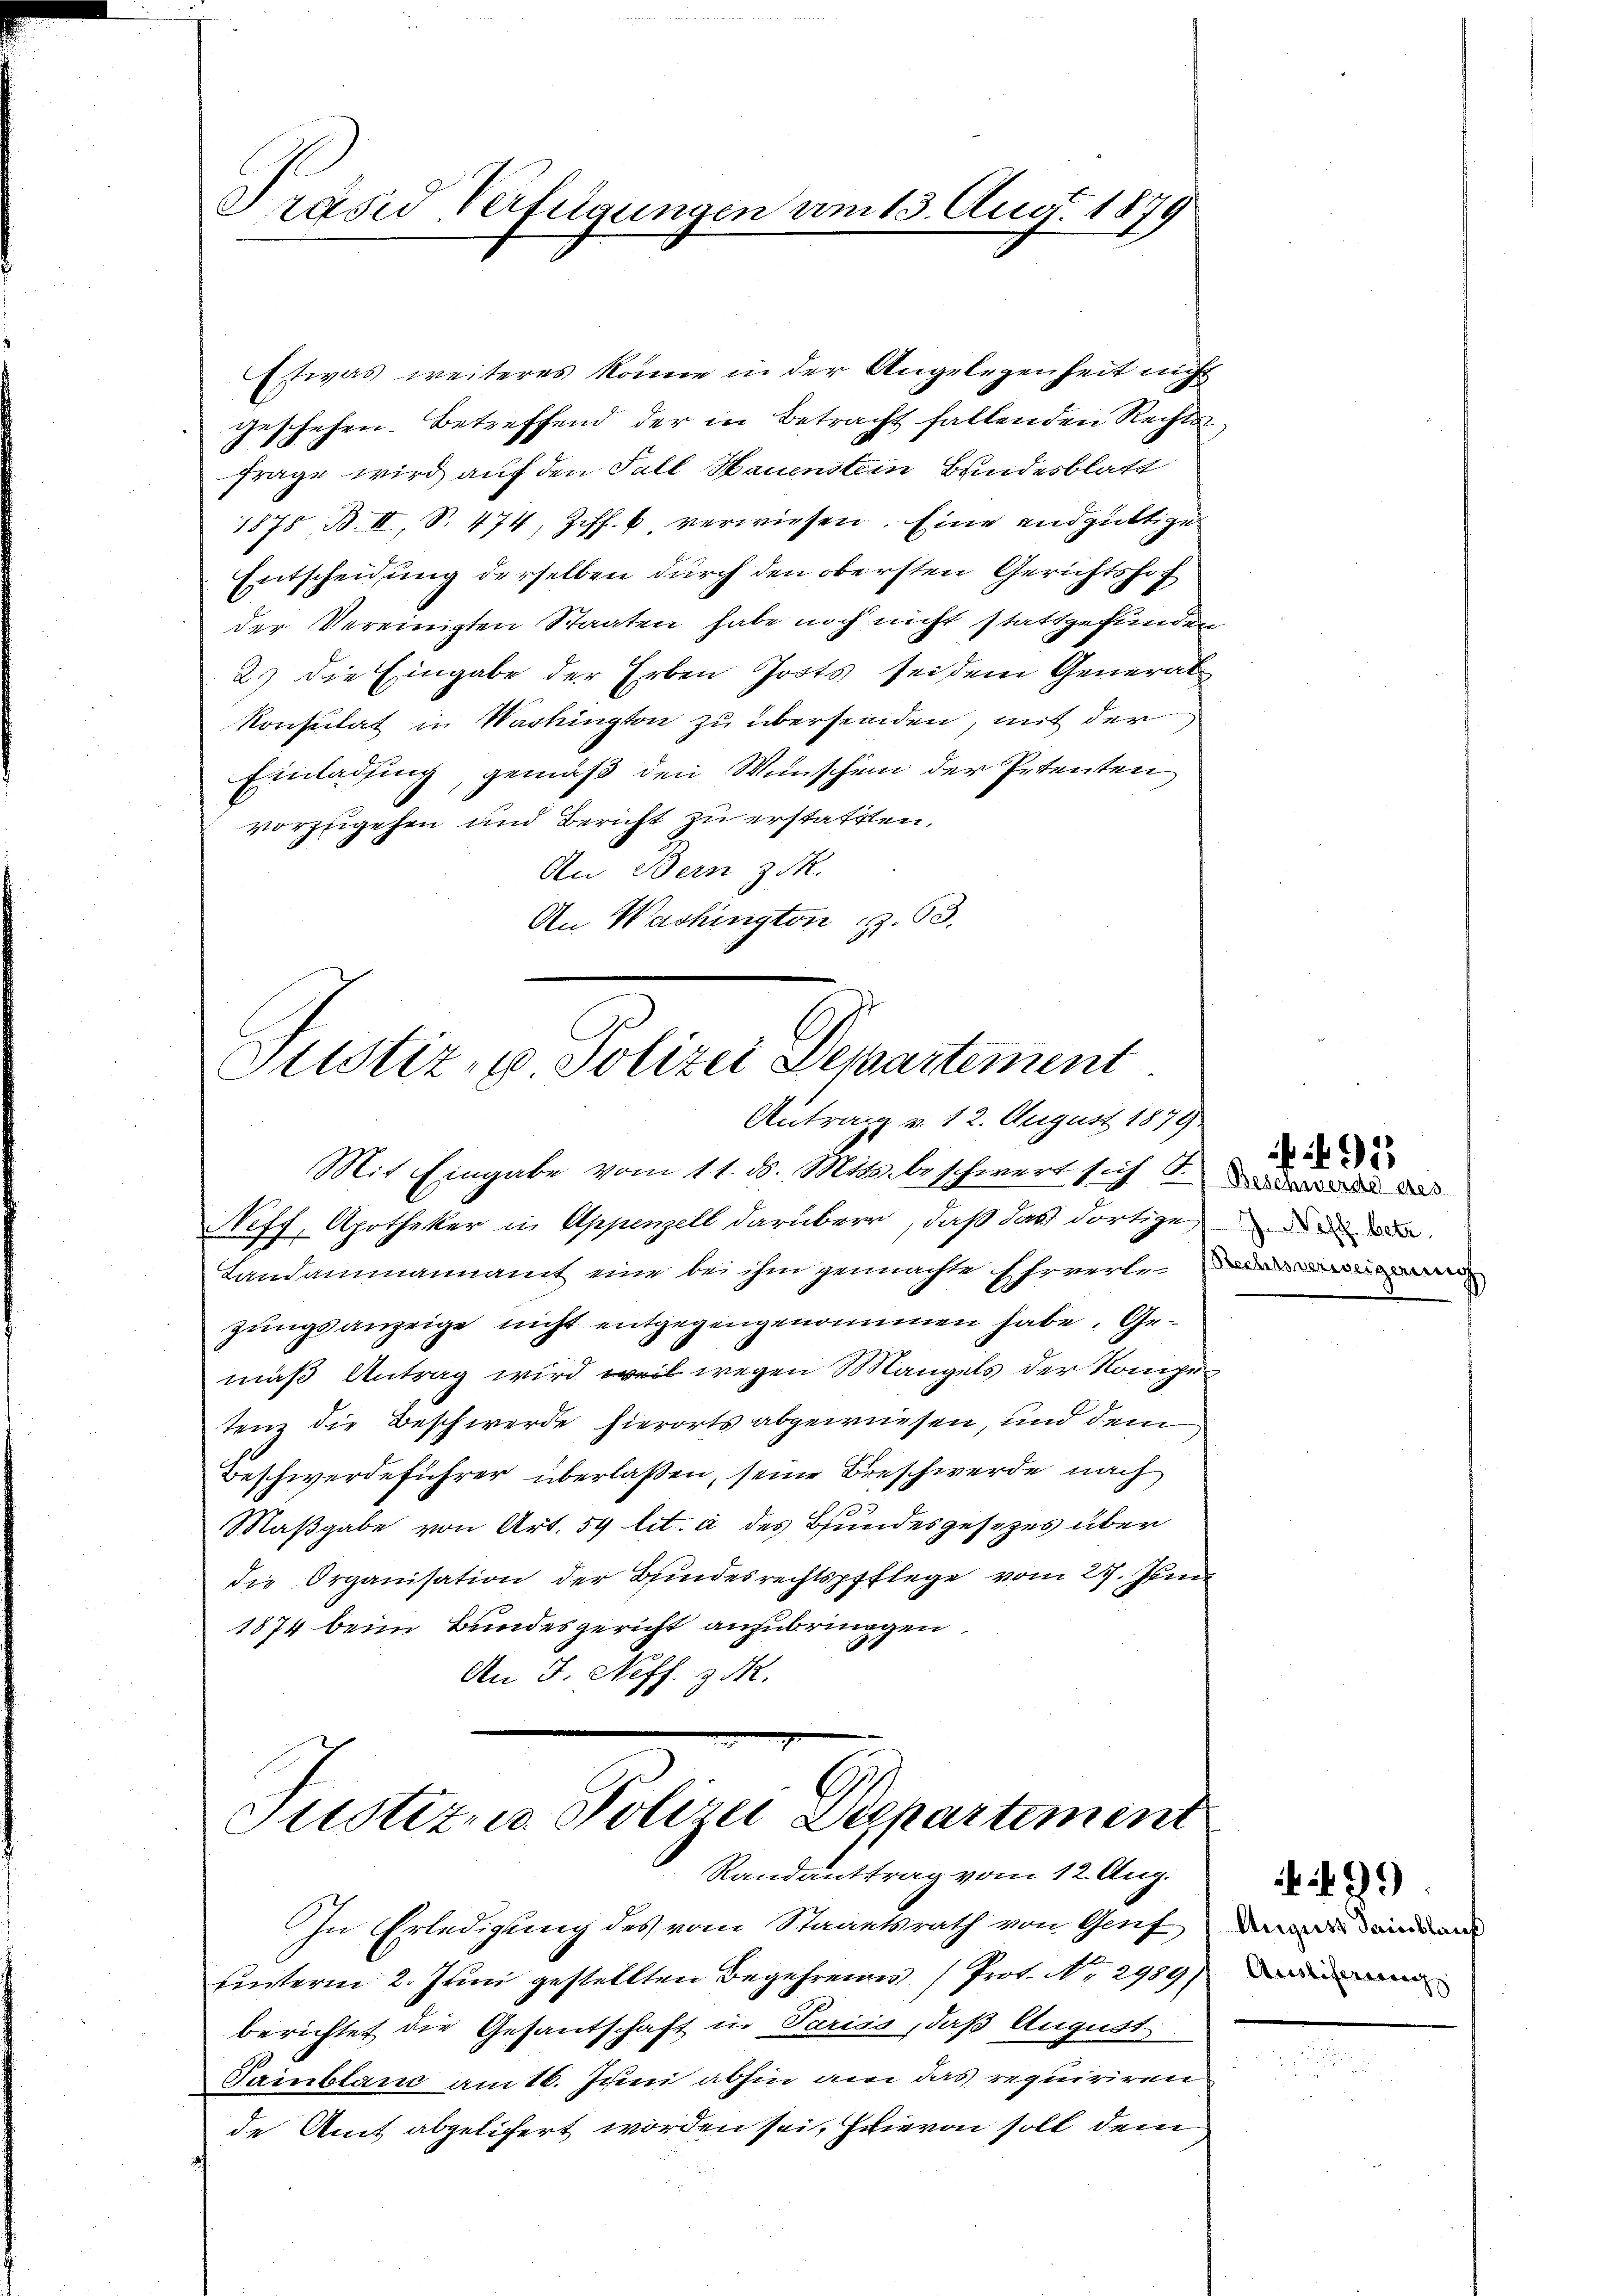
Präses Verfügungen am 13. Aug. 1879

Etwas weiteres könne in der Angelegenheit nicht
geschehen. Betreffend der in Betracht fallenden Rechts
Frage wird auf den Fall Hauenstein Bundesblatt
1878, B. II, S. 474, Ziff. 6. verwiesen. Eine endgültige
Entscheidung derselben durch den obersten Gerichtshof
der Vereinigten Staaten habe noch nicht stattgefunden
2) die Eingabe der Erben Josts sei dem General
Konsulat in Washington zu übersenden, mit der
Einladung, gemäß den Wünschen der Petenten
vorzugehen und Bericht zu erstatten.
An Bern zuk
An Washington z. 63.

Justiz, u. Polizei Departement
Antrag v. 12. August 1879

Mit Eingabe vom 11. d. Mts. beschwert sich das
Neff, Apotheker in Appenzell darüber, daß das dortigen de
Landammannamt eine bei ihm gemachte Ehrverte
zungsanzeige nicht entgegengenommen habe. Gemäß Antrag wird, weil wegen Mangels der Kompetenz die Beschwerde hierorts abgewiesen, und dem
Beschwerdeführer überlaßen, seine Beschwerde nach
:
Maßgabe von Art. 54 lit. a des Bundesgesetzes über
die Organisation der Bundesrechtspflege vom 27. Juni
1874 beim Bundesgericht anzubringen,
An J. Neff. 3 M.

Justiz u. Polizei Departement
Randanttrag vom 12. Aug.

In Erledigung des vom Staaatsrath von Genf
unterm 2. Juni gestellten Begehrenes Prot. N. 2989) Da
berichtet die Gesantschaft in Pariss, daß August
Dammbland am 16. Juni abhin am das requiriren
de Amt abgelichert worden sei, hievon soll dem

1

August Sainblauf

499